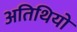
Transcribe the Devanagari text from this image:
अतिथियो